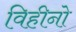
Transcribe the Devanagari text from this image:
विहीनो